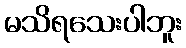
မသိရသေးပါဘူး